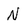
Character: N